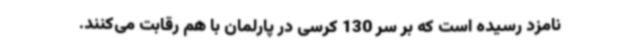
نامزد رسیده است که بر سر 130 کرسی در پارلمان با هم رقابت می‌کنند.